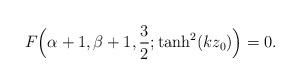
LaTeX: \begin{align*}F\Bigl(\alpha+1,\beta+1,\frac{3}{2};\tanh^2(kz_0)\Bigr)=0.\end{align*}